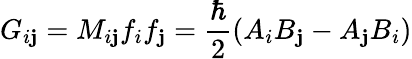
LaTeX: G_{i\mathbf{j}}=M_{i\mathbf{j}}f_{i}f_{\mathbf{j}}=\frac{{\hbar}}{{2}}(A_{i}B_{\mathbf{j}}-A_{\mathbf{j}}B_{i})